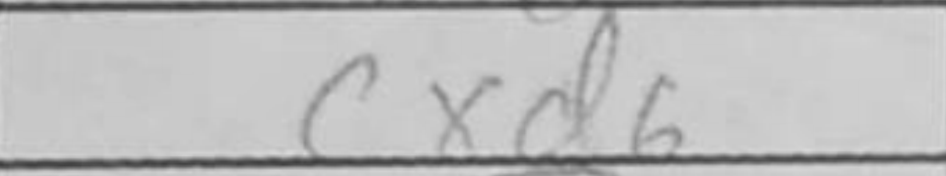
Transcription: cxd6